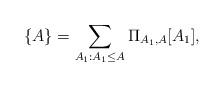
LaTeX: \begin{align*}\{A\}=\sum_{A_1: A_1\leq A}\Pi_{A_1, A}[A_1],\end{align*}